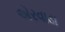
એરવાડા